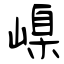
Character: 嵲